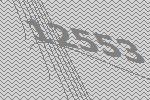
12553